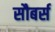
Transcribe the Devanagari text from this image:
सौबर्स